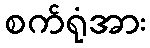
စက်ရုံအား